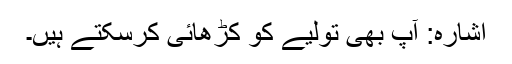
اشارہ: آپ بھی تولیے کو کڑھائی کرسکتے ہیں۔